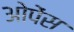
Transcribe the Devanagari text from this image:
ओपेंस